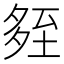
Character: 𡖧